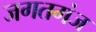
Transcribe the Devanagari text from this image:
जगतगंज